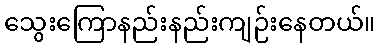
သွေးကြောနည်းနည်းကျဉ်းနေတယ်။